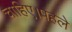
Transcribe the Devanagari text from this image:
चाहिए।पहले